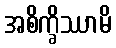
အစိက္ခိဿာမိ